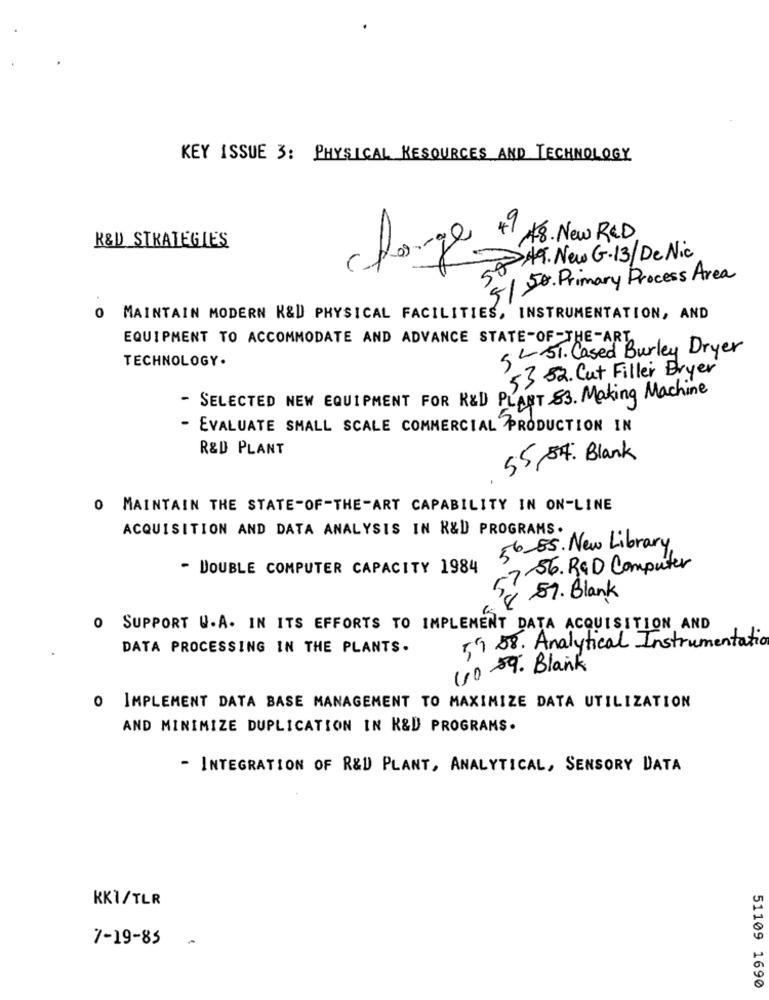
KEY ISSUE 3: PHYSICAL RESOURCES AND TECHNOLOGY
R&D STRATEGIES
change 7 A8. New RID
500 AT. New G.13/ De Nic
5/50. Primary Process Area
0 MAINTAIN MODERN K&D PHYSICAL FACILITIES, INSTRUMENTATION, AND
EQUIPMENT TO ACCOMMODATE AND ADVANCE STATE-OF-THE-ART
SL 51. Cased Burley Dryer
TECHNOLOGY.
53 52. Cut Filler Dryer
- SELECTED NEW EQUIPMENT FOR R&D PLANT 83. Making Machine
- EVALUATE SMALL SCALE COMMERCIAL PRODUCTION IN
R&D PLANT
55 54: Blank
O MAINTAIN THE STATE-OF-THE-ART CAPABILITY IN ON-LINE
ACQUISITION AND DATA ANALYSIS IN R&D PROGRAMS.
56-85. New Library
- DOUBLE COMPUTER CAPACITY 1984
7.56. RGD Computer
30 57. Blank
0 SUPPORT W.A. IN ITS EFFORTS TO IMPLEMENT DATA ACQUISITION AND
DATA PROCESSING IN THE PLANTS.
59 88. Analytical Instrumentatio
110-89. Blank
O IMPLEMENT DATA BASE MANAGEMENT TO MAXIMIZE DATA UTILIZATION
AND MINIMIZE DUPLICATION IN K&D PROGRAMS.
- INTEGRATION OF R&D PLANT, ANALYTICAL, SENSORY DATA
KKI/TLR
7 -19-85
-
51109 1690